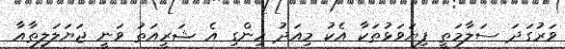
ވަރުގަދަ ސަލާމަތީ ފިޔަވަޅުތަކާ އެކު މިއަދު ހިންގި އެ ޝަރީއަތު ވަނީ ޖަޔަލަލިތާއާ